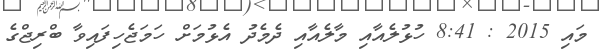
މައި 2015 : 8:41 ހުޅުލެއާއި މާލެއާއި ދެމެދު އެޅުމަށް ހަމަޖެހިފައިވާ ބްރިޖްގެ